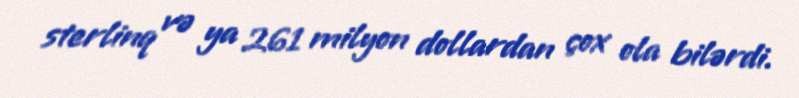
sterlinq və ya 261 milyon dollardan çox ola bilərdi.